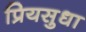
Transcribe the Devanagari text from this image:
प्रियसुधा